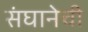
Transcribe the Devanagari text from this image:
संघानेची